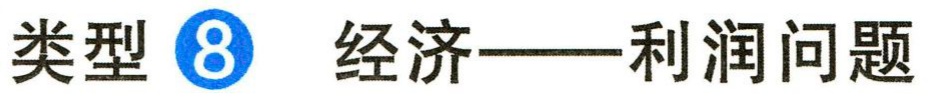
类型 \textcircled{8} 经济——利润问题